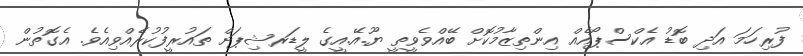
ފުރިހަމަ އަދި ބޮޑު އެކްސްޕޯއެއް އިންތިޒާމުކޮށް ބޭއްވެވީތީ ޔޫ.އޭ.އީގެ ލީޑަރޝިޕަށް ތައުރީފުކުރެއްވިއެވެ. އެގޮތުން